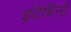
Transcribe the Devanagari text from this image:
इंटेग्रिनों